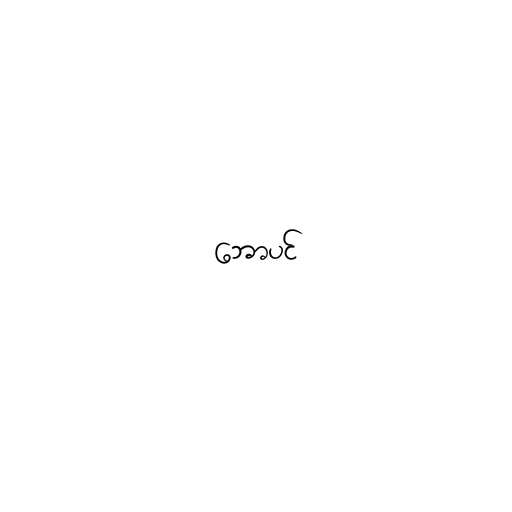
ဘောပင်